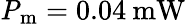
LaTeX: \mathrm{\mathit{P}_{m}}=0.04\: \mathrm{mW}